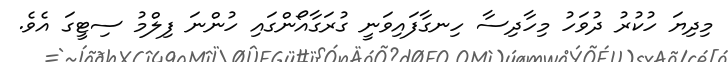
މިދިޔަ ހުކުރު ދުވަހު މިހާދިސާ ހިނގާފައިވަނީ ގުރަގާއޯންގައި ހުންނަ ފިލްމު ސިޓީގަ އެވެ.